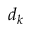
d _ { k }